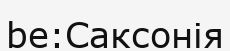
be:Саксонія